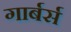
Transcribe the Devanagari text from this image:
गार्बर्स